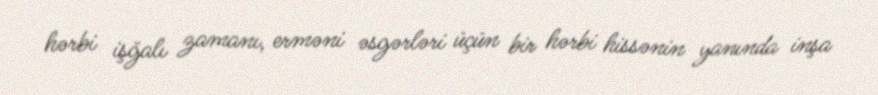
hərbi işğalı zamanı, erməni əsgərləri üçün bir hərbi hissənin yanında inşa